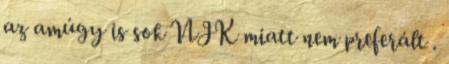
az amúgy is sok NJK miatt nem preferált .